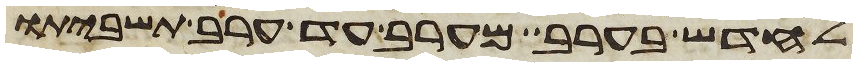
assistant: לחדש בערב מערב עד ערב תשביתו